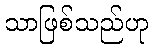
သာဖြစ်သည်ဟု